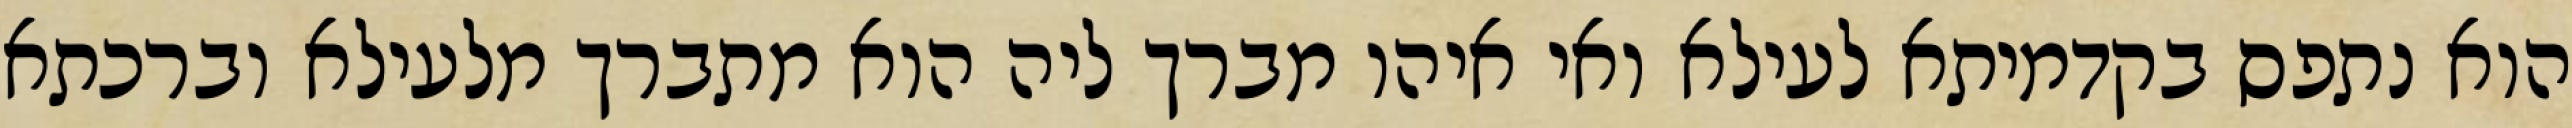
הוא נתפס בקדמיתא לעילא ואי איהו מברך ליה הוא מתברך מלעילא וברכתא